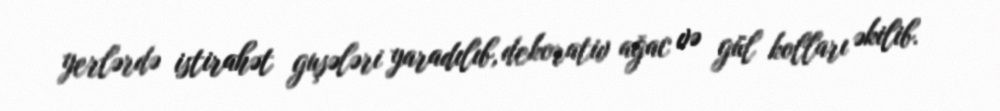
yerlərdə istirahət guşələri yaradılıb, dekorativ ağac və gül kolları əkilib.